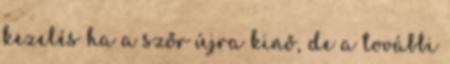
kezelés ha a szőr újra kinő, de a további